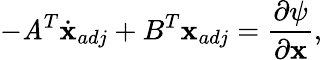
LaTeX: -\mathit{A}^{T}\dot{{\textbf{{x}}}}_{adj}+B^{T}\textbf{{x}}_{adj}=\frac{{\partial\psi}}{{\partial\textbf{{x}}}},